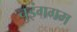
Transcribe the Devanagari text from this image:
चुइंगगम